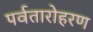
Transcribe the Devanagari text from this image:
पर्वतारोहरण